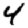
Digit: 4